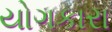
યોગકારા